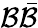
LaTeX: \mathcal{B}\bar{{\mathcal{B}}}